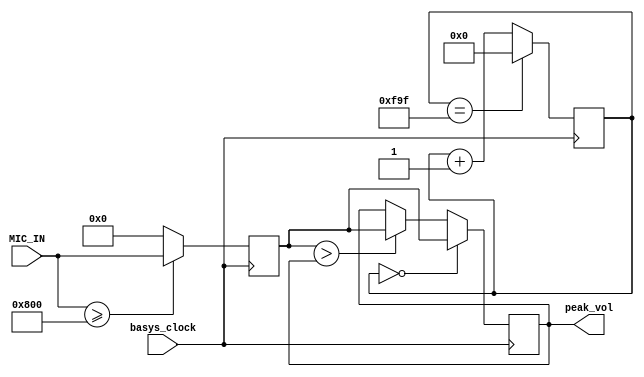
`timescale 1ns / 1ps
//////////////////////////////////////////////////////////////////////////////////
// Company: 
// Engineer: 
// 
// Design Name: 
// Module Name: peak_intensity
// Project Name: 
// Target Devices: 
// Tool Versions: 
// Description: 
// 
// Dependencies: 
// 
// Revision:
// Revision 0.01 - File Created
// Additional Comments:
// 
//////////////////////////////////////////////////////////////////////////////////


module peak_intensity(
    input basys_clock,
    input [11:0] MIC_IN,
    output reg [11:0] peak_vol
);
    
    reg [31:0] count = 0;
    reg [11:0] value = 0;
     
    // Regular time interval of 0.2 second == 4_000 samples
    always @(posedge basys_clock) begin
        count <= count == 13'd3999 ? 0 : count + 1;
        //only accept values between 2048 and 4095
        value <= (MIC_IN >= 2048) ? MIC_IN : 0;
        peak_vol <= (count == 0) ? value : ((value > peak_vol) ? value : peak_vol);
    end
endmodule